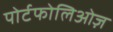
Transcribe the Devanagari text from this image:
पोर्टफोलिओज़